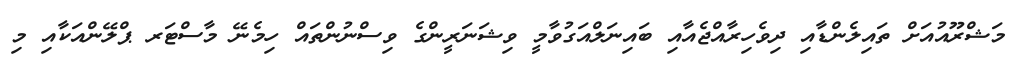
މަޝްރޫއުއަށް ތައިލެންޑާއި ދިވެހިރާއްޖެއާއި ބައިނަލްއަގުވާމީ ވިޝަނަރީންގެ ވިސްނުންތައް ހިމެނޭ މާސްޓަރ ޕްލޭންއަކާއި މި